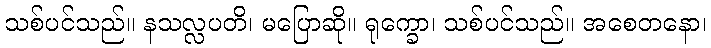
သစ်ပင်သည်။ နသလ္လပတိ၊ မပြောဆို။ ရုက္ခော၊ သစ်ပင်သည်။ အစေတနော၊